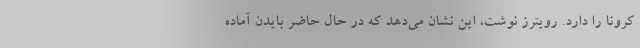
کرونا را دارد. رویترز نوشت، این نشان می‌دهد که در حال حاضر بایدن آماده